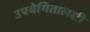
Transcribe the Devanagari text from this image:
उपयेगितालक्षी